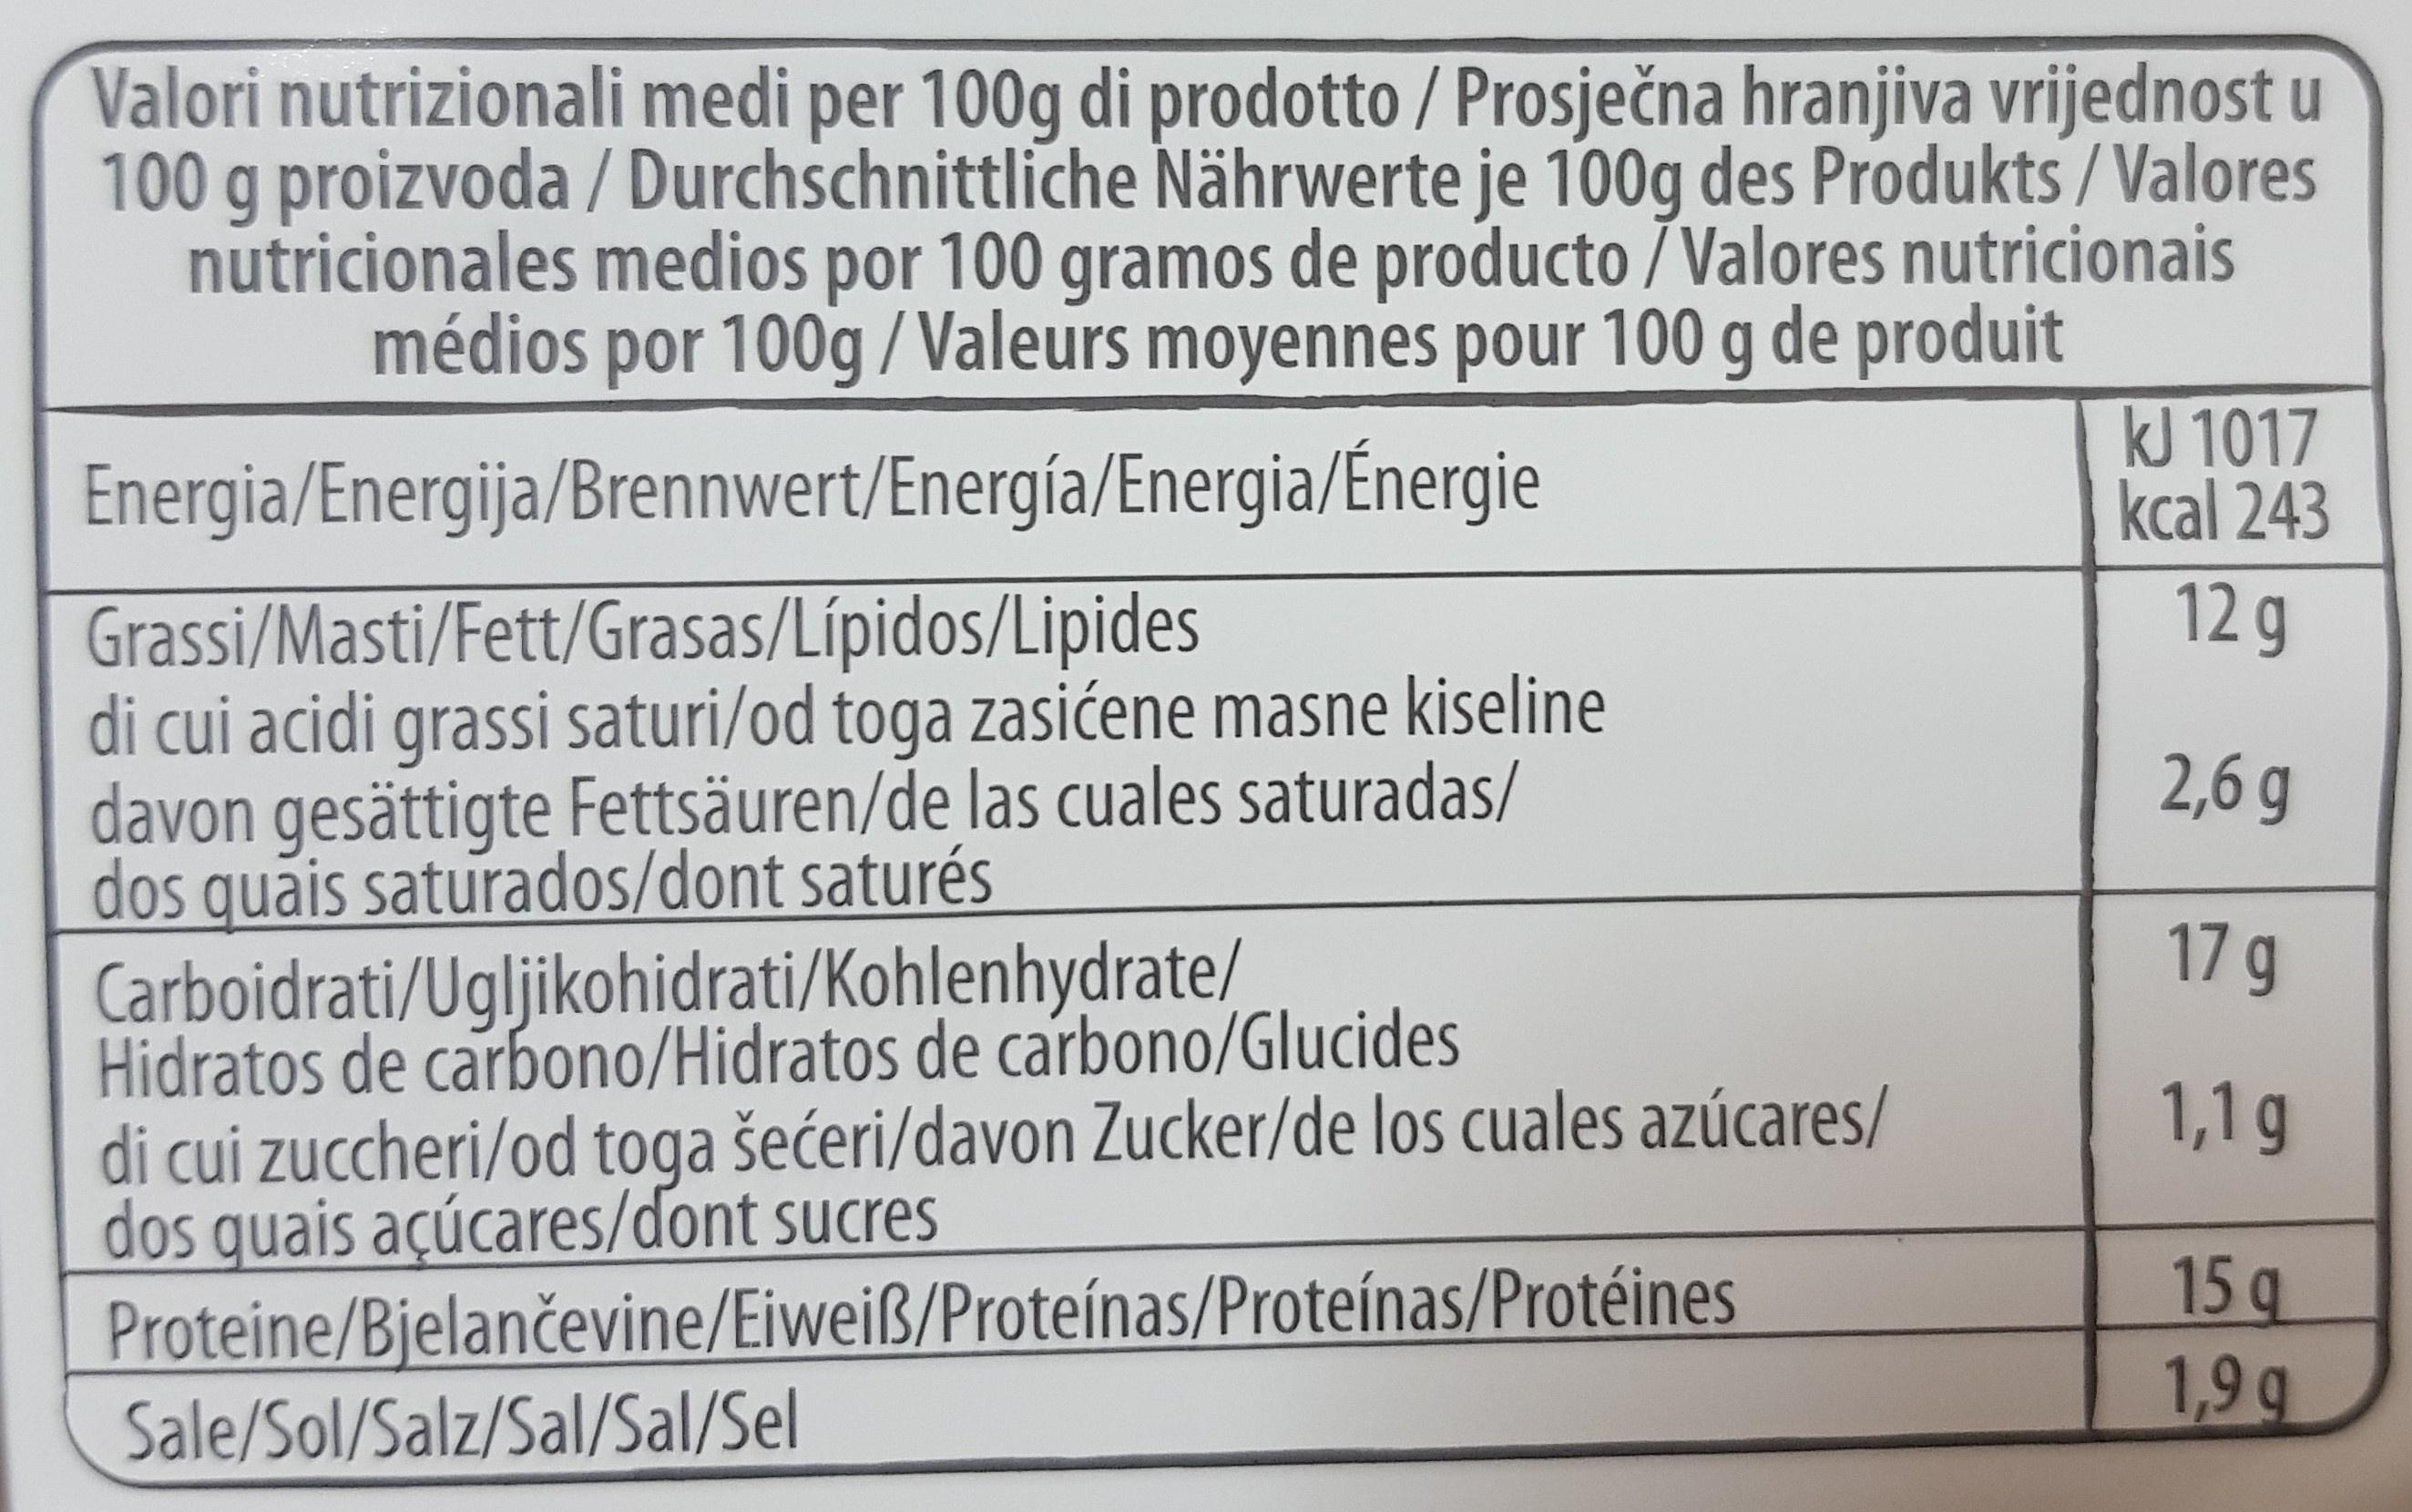
Valori nutrizionali medi per 100g di prodotto / Prosječna hranjiva vrijednost u 100 g proizvoda / Durchschnittliche Nährwerte je 100g des Produkts / Valores nutricionales medios por 100 gramos de producto / Valores nutricionais médios por 100g/Valeurs moyennes pour 100 g de produit
Energia/Energija/Brennwert/Energía/Energia/Énergie
kJ 1017 kcal 243
12 g
Grassi/Masti/Fett/Grasas/Lípidos/Lipides di cui acidi grassi saturi/od toga zasićene masne kiseline davon gesättigte Fettsäuren/de las cuales saturadas/ dos quais saturados/dont saturés Carboidrati/Ugljikohidrati/Kohlenhydrate/ Hidratos de carbono/Hidratos de carbono/Glucides di cui zuccheri/od toga šećeri/davon Zucker/de los cuales azúcares/ dos quais açúcares/dont sucres Proteine/Bjelančevine/Eiweiß/Proteínas/Proteínas/Protéines Sale/Sol/Salz/Sal/Sal/Sel
2,6 g
17 g
1,1g
15g
1,9 g